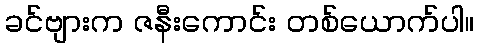
ခင်ဗျားက ဇနီးကောင်း တစ်ယောက်ပါ။